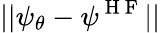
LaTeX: ||\psi_{\theta}-\psi^{\mathrm{~H~F~}}||